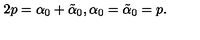
2 p = \alpha _ { 0 } + \tilde { \alpha } _ { 0 } , \alpha _ { 0 } = \tilde { \alpha } _ { 0 } = p .